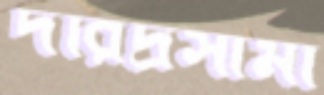
দরিদ্রসীমা